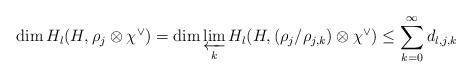
LaTeX: \begin{align*}\dim H_l(H,\rho_j\otimes\chi^{\vee})=\dim\varprojlim_k H_l(H,(\rho_j/\rho_{j,k})\otimes\chi^{\vee})\le\sum_{k=0}^{\infty}d_{l,j,k}\end{align*}